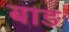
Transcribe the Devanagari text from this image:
बाङ